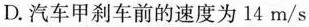
D.汽车甲刹车前的速度为14m/s